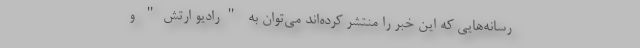
رسانه‌هایی که این خبر را منتشر کرده‌اند می‌توان به "رادیو ارتش" و